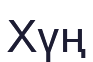
Хүң